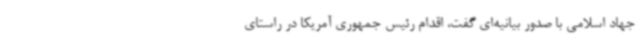
جهاد اسلامی با صدور بیانیه‌ای گفت، اقدام رئیس جمهوری آمریکا در راستای